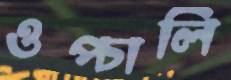
ওপ্‌চালি